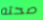
صحته